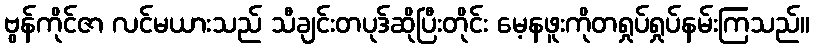
ဗွန်ကိုင်ဇာ လင်မယားသည် သီချင်းတပုဒ်ဆိုပြီးတိုင်း မေ့နဖူးကိုတရှုပ်ရှုပ်နမ်းကြသည်။